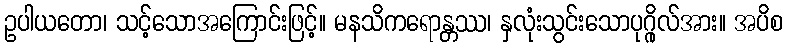
ဥပါယတော၊ သင့်သောအကြောင်းဖြင့်။ မနသိကရောန္တဿ၊ နှလုံးသွင်းသောပုဂ္ဂိုလ်အား။ အပိစ